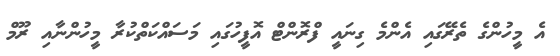
އެ މީހުންގެ ތެރޭގައި އެންމެ ގިނައީ ފްރޮންޓް އޮފީހުގައި މަސައްކަތްކުރާ މީހުންނާއި ރޫމް